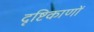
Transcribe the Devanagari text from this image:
दृष्टिकाणों